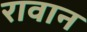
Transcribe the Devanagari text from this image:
रावान